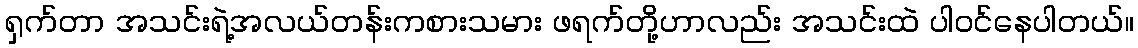
ရှက်တာ အသင်းရဲ့အလယ်တန်းကစားသမား ဖရက်တို့ဟာလည်း အသင်းထဲ ပါဝင်နေပါတယ်။